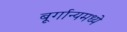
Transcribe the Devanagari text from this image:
बूर्गान्यमध्ये